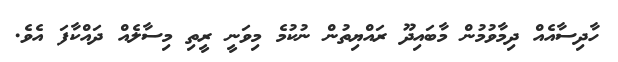
ހާދިސާއެއް ދިމާވުމުން މާބައިދޫ ރައްޔިތުން ނުކުމެ މިވަނީ ރީތި މިސާލެއް ދައްކާފަ އެވެ.